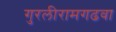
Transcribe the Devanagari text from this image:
गुरलीरामगढवा